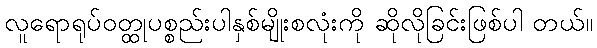
လူရောရုပ်ဝတ္ထုပစ္စည်းပါနှစ်မျိုးစလုံးကို ဆိုလိုခြင်းဖြစ်ပါ တယ်။